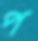
প